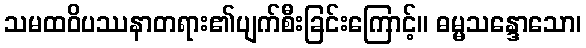
သမထဝိပဿနာတရား၏ပျက်စီးခြင်းကြောင့်။ ဓမ္မသန္ဒောသော၊